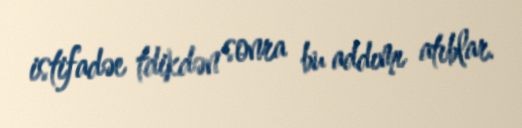
istifadəe tdikdən sonra bu addımı atıblar.